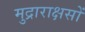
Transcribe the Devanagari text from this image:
मुद्राराक्षसों